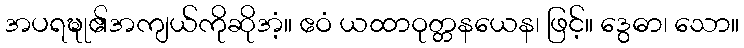
အပရဍ္ဎု၏အကျယ်ကိုဆိုအံ့။ ဧဝံ ယထာဝုတ္တနယေန၊ ဖြင့်။ ဒွေဓာ၊ သော။